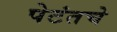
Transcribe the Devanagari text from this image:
पेटंतचे